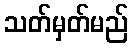
သတ်မှတ်မည်